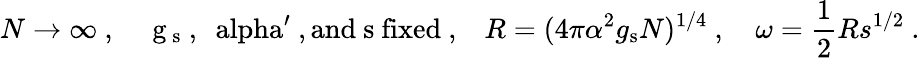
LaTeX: N\to\infty\ ,\quad\mathrm{~g_{\mathrm{~s}}~,~\ alpha^{\prime}~,and~s~fixed\ ,}\quad R=(4\pi\alpha^{2}g_{\mathrm{s}}N)^{1/4}\ ,\quad\omega=\frac{1}{2}Rs^{1/2}\ .